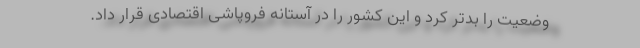
وضعیت را بدتر کرد و این کشور را در آستانه فروپاشی اقتصادی قرار داد.